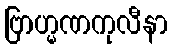
ဗြာဟ္မဏကုလီနာ